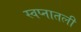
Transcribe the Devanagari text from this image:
स्वप्नातली